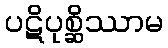
ပဋိပုစ္ဆိဿာမ